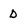
Character: D